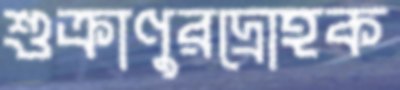
শুক্রাণুরদ্রোহক